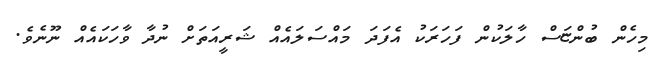
މިހެން ބުންޏަސް ހާލަކުން ފަހަރަކު އެފަދަ މައްސަލައެއް ޝަރީއަތަށް ނުދާ ވާހަކައެއް ނޫނެވެ.